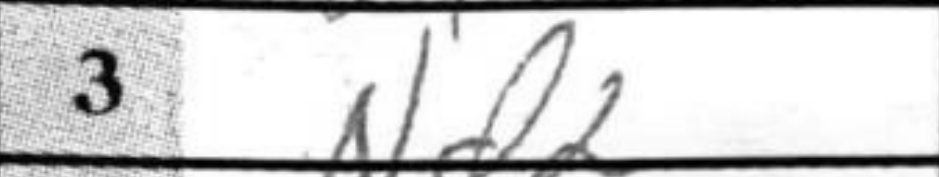
Transcription: Nd2